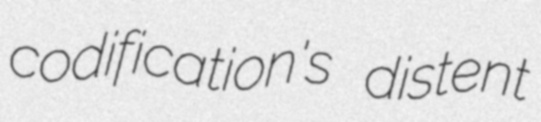
codification's distent